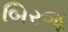
બિરજૂ